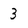
Character: 3